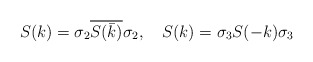
\begin{align*}&S(k) =\sigma_2 \overline{S( \bar {k} )} \sigma_2,\ \ \ S(k) =\sigma_3 S(-k) \sigma_3 \end{align*}